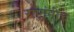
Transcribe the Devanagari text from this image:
राष्ट्रांनीच